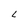
Character: L